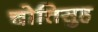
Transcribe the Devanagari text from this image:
चोतिसुह